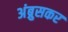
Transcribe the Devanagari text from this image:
अंब्रुसकर